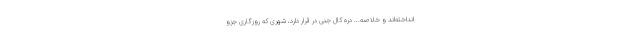
انداخته‌اند و خلاصه... دره کال جنی در قرار دارد، شهری که روزگاری جزو